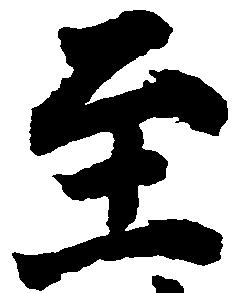
至